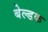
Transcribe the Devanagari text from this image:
बेल्डक